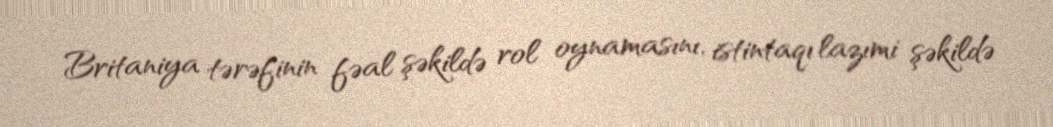
Britaniya tərəfinin fəal şəkildə rol oynamasını, istintaqı lazımi şəkildə